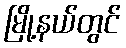
မြို့နယ်တွင်